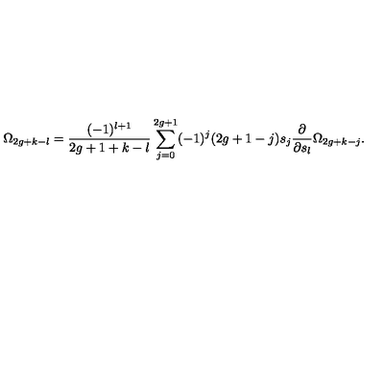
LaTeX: \Omega _ { 2 g + k - l } = { \frac { ( - 1 ) ^ { l + 1 } } { 2 g + 1 + k - l } } \sum _ { j = 0 } ^ { 2 g + 1 } ( - 1 ) ^ { j } ( 2 g + 1 - j ) s _ { j } { \frac { \partial } { \partial s _ { l } } } \Omega _ { 2 g + k - j } .